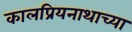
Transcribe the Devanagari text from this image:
कालप्रियनाथाच्या